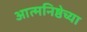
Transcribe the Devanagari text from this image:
आत्मनिष्ठेच्या